Annual report on the health of the army in India
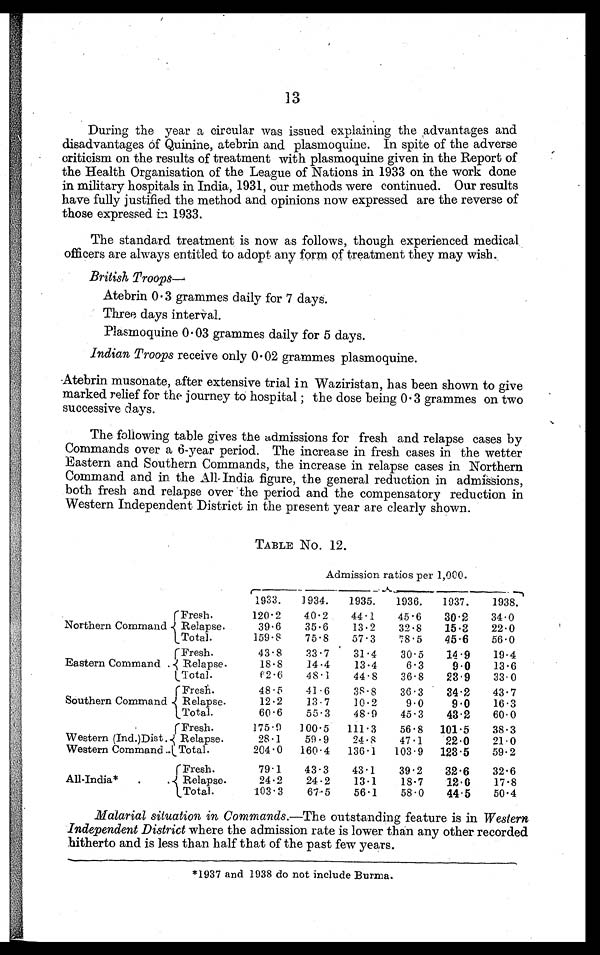
13
During the year a circular was issued explaining the advantages and
disadvantages Of Quinine, atebrin and plasmoquine. In spite of the adverse
criticism on the results of treatment with plasmoquine given in the Report of
the Health Organisation of the League of Nations in 1933 on the work done
in military hospitals in India, 1931, our methods were continued. Our results
have fully justified the method and opinions now expressed are the reverse of
those expressed in 1933.
The standard treatment is now as follows, though experienced medical
officers are always entitled to adopt any form of treatment they may wish.
British Troops
—
Atebrin 0.3 grammes daily for 7 days.
Three days interval.
Plasmoquine 0.03 grammes daily for 5 days.
Indian Troops receive only 0.02
grammes plasmoquine.
Atebrin musonate, after extensive trial in Waziristan, has been shown to give
marked relief for the journey to hospital; the dose being 0.3 grammes on two
successive days.
The following table gives the admissions for fresh and relapse cases by
Commands over a 6-year period. The increase in fresh cases in the wetter
Eastern and Southern Commands, the increase in relapse cases in Northern
Command and in the All India figure, the general reduction in admissions,
both fresh and relapse over the period and the compensatory reduction in
Western Independent District in the present year are clearly shown.
TABLE No. 12.
Admission ratios per 1,000.
1933.
1934.
1935.
1936.
1 9 3 7 .
1938.
Northern Command
Fresh.
120.2
40.2
44.1
45.6
30.2
34.0
Relapse.
39.6
35.6
13.2
32.8
15.3
22. 0
Total.
159.8
75.8
57.3
78.5
45.6
56.0
Eastern Command.
Fresh.
43.8
33.7
31.4
30.5
14.9
19.4
Relapse.
18.8
14.4
13.4
6.3
9.0
1 3 . 6
T o t a l .
62.6
48.1
44.8
36.8
23.9
33.0
Southern Command.
F r e s h .
48.5
41.6
38.8
36.3
34.2
43.7
Relapse.
12.2
13.7
10.2
9.0
9.0
16.3
T o t a l .
60.6
55.3
48.9
45.3
43.2
60.0
Western (Ind.)Dist
. Western Command.
Fresh.
175.9
100.5
111.3
56.8 101.5
38.3
Relapse.
28.1
59.9
24.8
47.1
22.0
21.0
T o t a l .
204.0
160.4
136.1
103.9 123.5
59.2
All-India*.
Fresh.
79.1
43.3
43.1
39.2
32.6
32.6
Relapse.
24.2
24.2
13.1
18.7
12.0
17.8
Total.
103.3
67.5
56.1
58.0
44.5
50.4
Malarial situation in Commands.—The outstanding feature is in Western
Independent District where the admission rate is lower than any other recorded
hitherto and is less than half that of the past few years.
*1937 and 1938 do not include Burma.